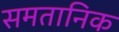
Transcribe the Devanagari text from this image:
समतानिक